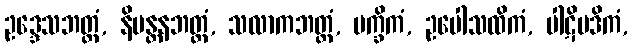
ဥဒ္ဒေသဘတ္တံ, နိမန္တနဘတ္တံ, သလာကဘတ္တံ, ပက္ခိကံ, ဥပေါသထိကံ, ပါဋိပဒိကံ,